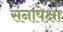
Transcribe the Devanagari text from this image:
सनापेक्षा